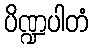
ပိဏ္ဍပါတံ